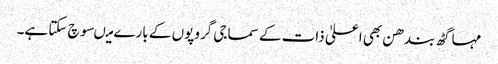
مہا گٹھ بندھن بھی اعلیٰ ذات کے سماجی گروپوں کے بارے میںسوچ سکتا ہے۔